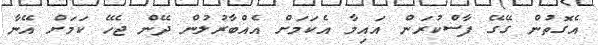
އެގޮތުން ގޭގޭ ފާސްކުރަން އައިމާ އެކަމަށް އެއްބާރުލުން ދޭން ޖެހޭ ކަމަށް އޭނާ